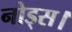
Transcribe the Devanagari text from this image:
नोड्स।